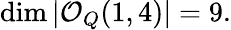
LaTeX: \dim|{\mathcal O}_{Q}(1,4)|=9.